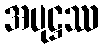
အပုဋ္ဌဿ